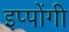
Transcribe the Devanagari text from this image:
इप्पोंगी